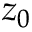
z _ { 0 }